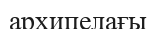
архипелағы